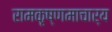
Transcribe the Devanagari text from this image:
रामकृष्णमाचार्य